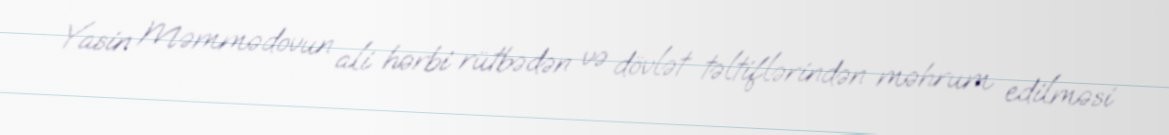
Yasin Məmmədovun ali hərbi rütbədən və dövlət təltiflərindən məhrum edilməsi